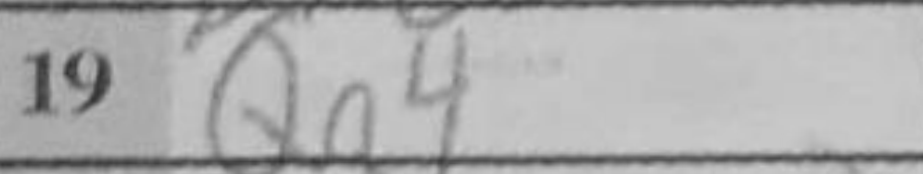
Transcription: Qa4